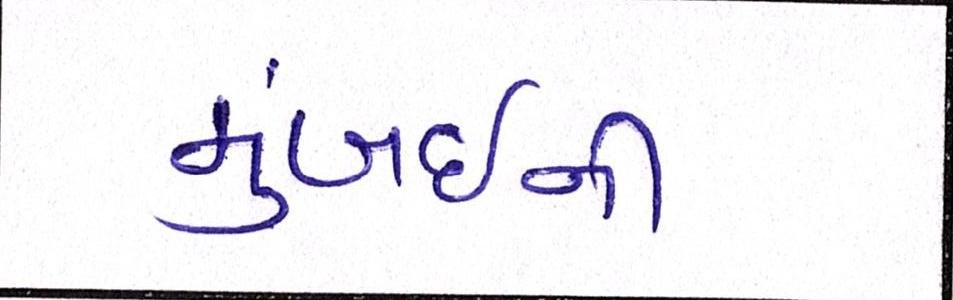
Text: મુંબઈની